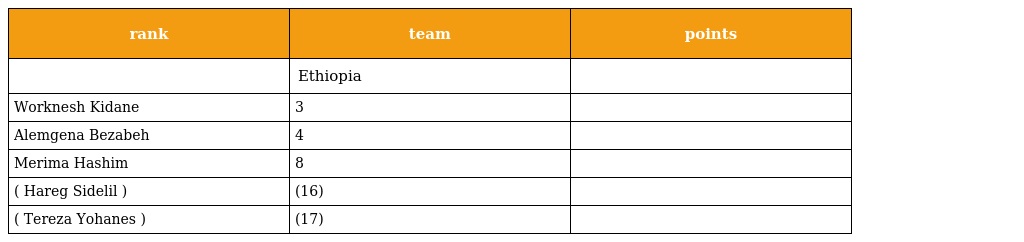
| rank | team | points |
 | --- | --- | --- |
 |  | Ethiopia |  |
 | Worknesh Kidane | 3 |  |
 | Alemgena Bezabeh | 4 |  |
 | Merima Hashim | 8 |  |
 | ( Hareg Sidelil ) | (16) |  |
 | ( Tereza Yohanes ) | (17) |  |